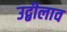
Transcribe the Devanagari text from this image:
उद्बीलाव